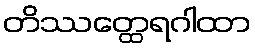
တိဿတ္ထေရဂါထာ